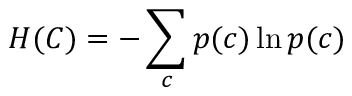
H ( C ) = - \sum _ { c } p ( c ) \ln p ( c )